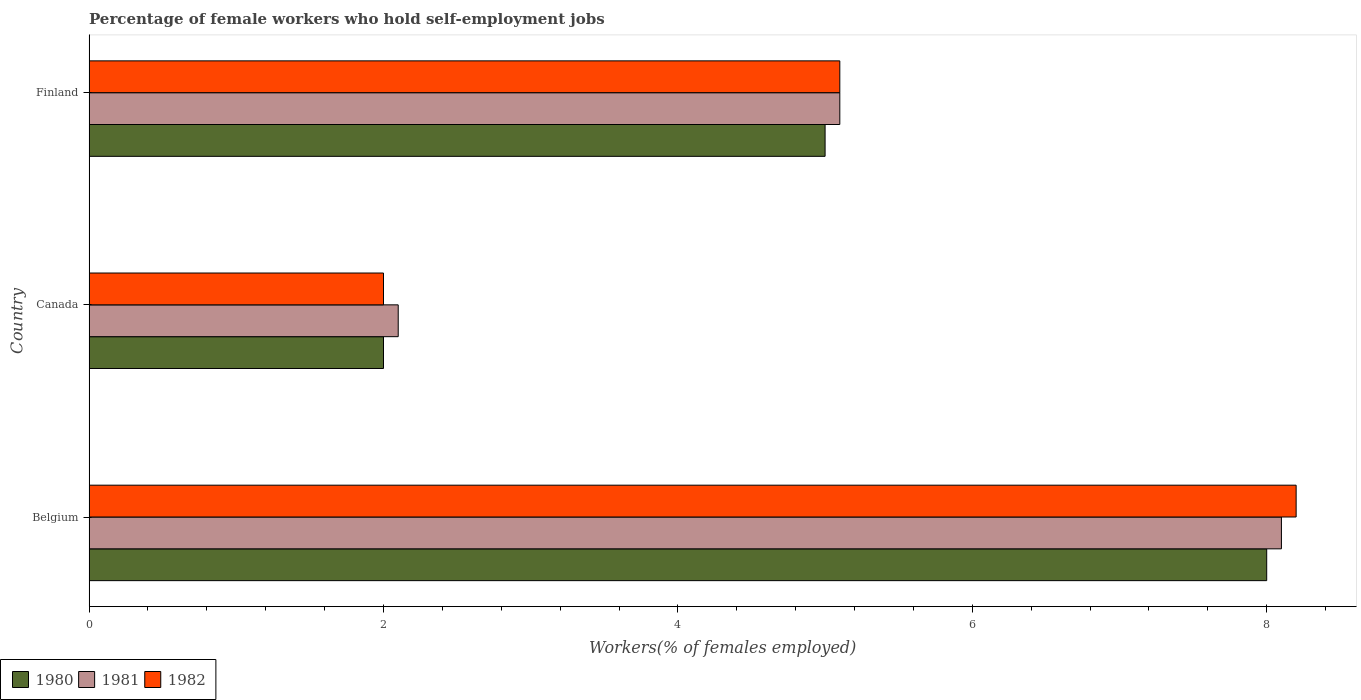
| Country | 1980 | 1981 | 1982 |
 | --- | --- | --- | --- |
 | Belgium | 8 | 8.1 | 8.2 |
 | Canada | 2 | 2.1 | 2 |
 | Finland | 5 | 5.1 | 5.1 |